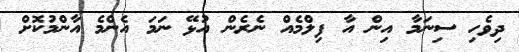
ދިވެހި ސިނަމާ އިން އާ ފިލްމެއް ނެރެން އުޅޭ ނަމަ އެންމެ އާންމުކޮށް